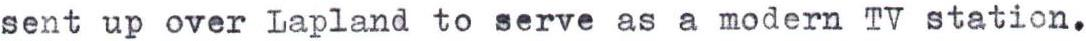
sent up over Lapland to serve as a modern TV station.